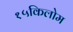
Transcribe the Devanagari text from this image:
१५किलोम